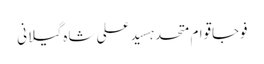
فوجاقوام متحدہسید علی شاہ گیلانی